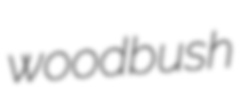
woodbush